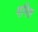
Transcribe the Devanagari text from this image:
मनिश